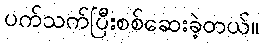
ပက်သက်ပြီးစစ်ဆေးခဲ့တယ်။